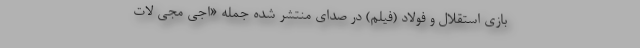
بازی استقلال و فولاد (فیلم) در صدای منتشر شده جمله «اَجی مَجی لات